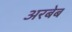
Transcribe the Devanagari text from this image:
अरबेब